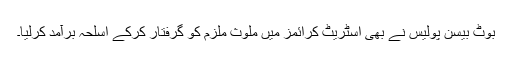
بوٹ بیسن پولیس نے بھی اسٹریٹ کرائمز میں ملوث ملزم کو گرفتار کرکے اسلحہ برآمد کرلیا۔